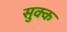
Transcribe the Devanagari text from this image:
सुक्क